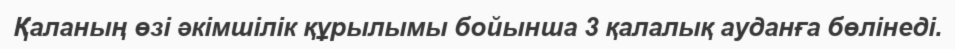
Қаланың өзі әкімшілік құрылымы бойынша 3 қалалық ауданға бөлінеді.